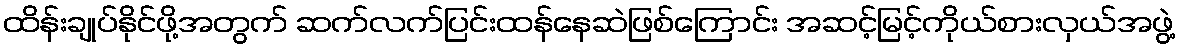
ထိန်းချုပ်နိုင်ဖို့အတွက် ဆက်လက်ပြင်းထန်နေဆဲဖြစ်ကြောင်း အဆင့်မြင့်ကိုယ်စားလှယ်အဖွဲ့